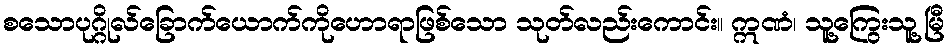
စသောပုဂ္ဂိုလ်ခြောက်ယောက်ကိုဟောရာဖြစ်သော သုတ်လည်းကောင်း။ ဣဏံ၊ သူ့ကြွေးသူ့မြီ